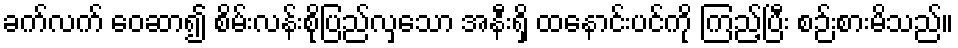
ခက်လက် ဝေဆာ၍ စိမ်းလန်းစိုပြည်လှသော အနီးရှိ ထနောင်းပင်ကို ကြည့်ပြီး စဉ်းစားမိသည်။